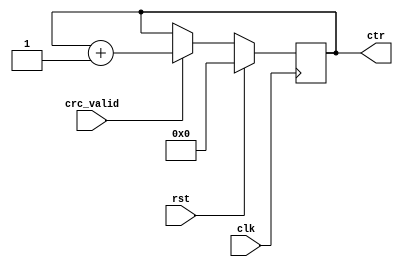
//////////////////////////////////////////////////////////////////////////////////
// Company: 
// Engineer: 
// 
// Design Name: 
// Module Name: counter
// Project Name: 
// Target Devices: 
// Tool Versions: 
// Description: 
// 
// Dependencies: 
// 
// Revision:
// Revision 0.01 - File Created
// Additional Comments:
// 
//////////////////////////////////////////////////////////////////////////////////


module counter(input clk, rst, crc_valid,
               output [4:0] ctr );
        reg [4:0] tmp;
        always @(posedge clk) begin
            if (rst) tmp <= 0;
            else if (crc_valid) tmp <= tmp + 1;
        end
        assign ctr = tmp;
endmodule